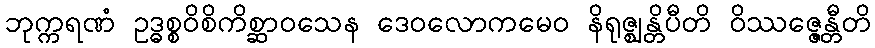
ဘုက္ကရဏံ ဥဒ္ဓစ္စဝိစိကိစ္ဆာဝသေန ဒေဝလောကမေဝ နိရုဇ္ဈန္တိပီတိ ဝိဿဇ္ဇေန္တီတိ